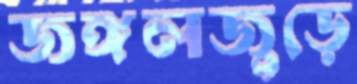
জঙ্গলজুড়ে